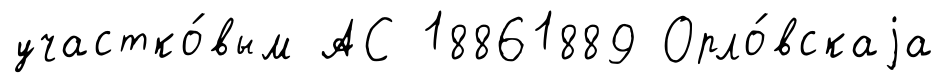
участко́вым АС 18861889 Орло́вскаjа